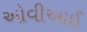
ઓવીઆઈ